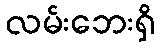
လမ်းဘေးရှိ